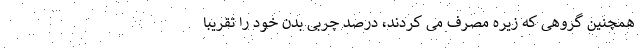
همچنین گروهی که زیره مصرف می کردند، درصد چربی بدن خود را تقریباً